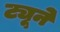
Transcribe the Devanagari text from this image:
ट्यूने